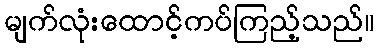
မျက်လုံးထောင့်ကပ်ကြည့်သည်။